Indian journal of veterinary science and animal husbandry - Volumes 26-27, 1956-1957
Year: 1956
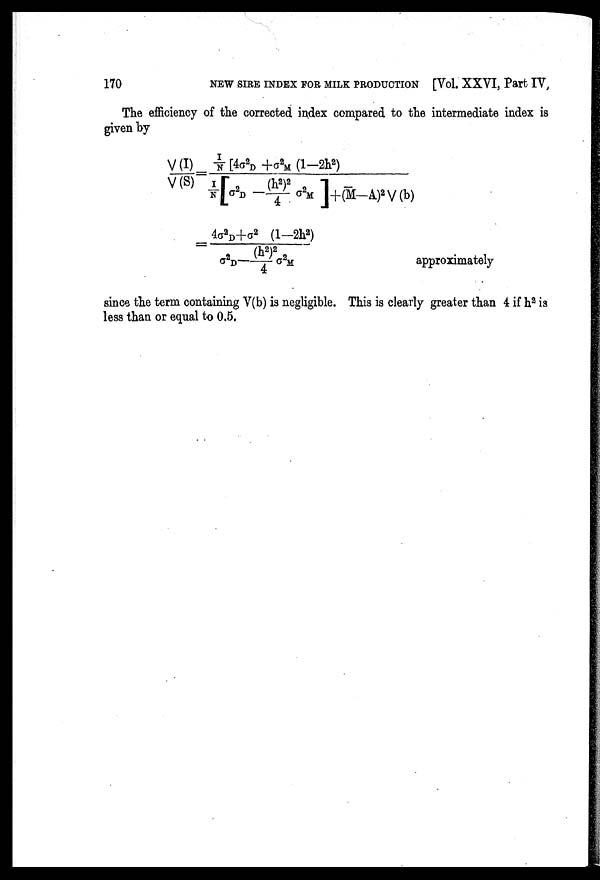
170
NEW SIRE INDEX FOR MILK PRODUCTION [Vol. XXVI, Part IV,
The efficiency of the corrected index compared to the intermediate index is
given by
V(I) / V(S)=I/N[4σ 2
D +σ 2
M (1—2h 2 ) / I/N[σ 2
D —(h 2 ) 2 /4 σ 2
M ] +(M—A) 2 V(b)
= 4σ 2
D +σ 2 (1-2h 2 ) / σ 2
D — (h2)2
/
4
σ 2 M
approximatel
since the term containing V(b) is negligible. This is clearly greater than 4 if h 2 is
less than or equal to 0.5.